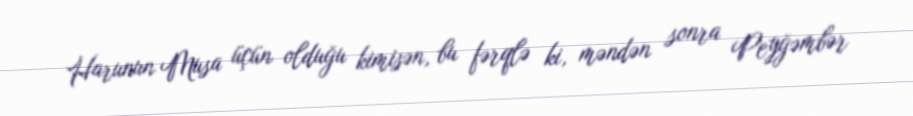
Harunun Musa üçün olduğu kimisən, bu fərqlə ki, məndən sonra Peyğəmbər